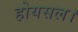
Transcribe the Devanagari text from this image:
होयसल।